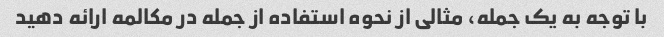
با توجه به یک جمله، مثالی از نحوه استفاده از جمله در مکالمه ارائه دهید